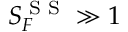
S _ { F } ^ { \textrm { S S } } \gg 1